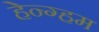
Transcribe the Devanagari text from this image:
हेन्ग्हम